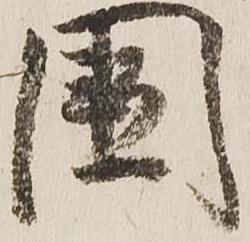
国